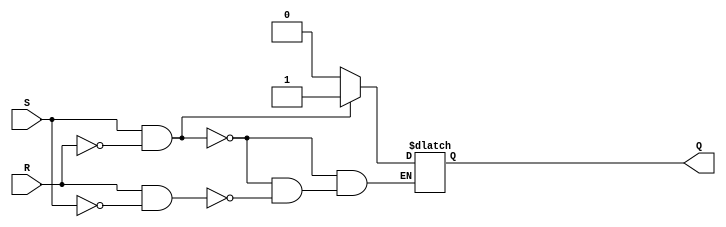
module sr_latch (
    input S,
    input R,
    output reg Q
);

always @ (S, R)
begin
    if (S && !R)
        Q = 1;
    else if (R && !S)
        Q = 0;
end

endmodule